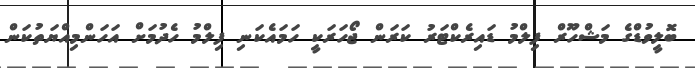
ބޮލީވުޑްގެ މަޝްހޫރް ފިލްމު ޑައިރެކްޓަރު ކަރަން ޖޯހަރަކީ ހަމައެކަނި ފިލްމު ހެދުމަށް އަހަންމިއްޔަތުކަން